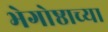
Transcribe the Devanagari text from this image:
भेगोष्ठाच्या